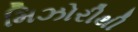
મિઝોરીથી